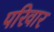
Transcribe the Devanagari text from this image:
परिवार